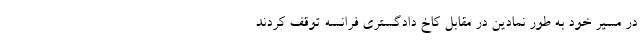
در مسیر خود به طور نمادین در مقابل کاخ دادگستری فرانسه توقف کردند